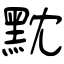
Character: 黕